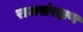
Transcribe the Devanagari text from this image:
राजसंरक्षण